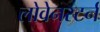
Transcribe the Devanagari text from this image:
लोवेनस्टर्न